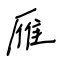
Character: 雁